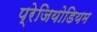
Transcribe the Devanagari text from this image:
प्रेजियोडियम